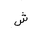
Letter: _shin